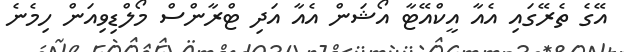
އޭގެ ތެރޭގައި އެއާ އީކްއޭޓާ އޯޝަން އެއާ އަދި ޓްރާންސް މޯލްޑިވިއަން ހިމެނެ